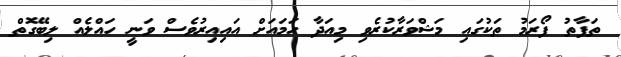
ތަފާތު ފޯރަމު ތަކުގައި މަޝްވަރާކުރެވި މިއަދާ ހަމައަށް އައިއިރުވެސް ވަނީ ހައްލެއް ލިބޭގޮތް